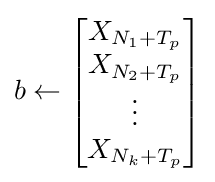
b\gets {\begin{bmatrix}X_{N_{1}+T_{p}}\\X_{N_{2}+T_{p}}\\\vdots \\X_{N_{k}+T_{p}}\end{bmatrix}}